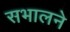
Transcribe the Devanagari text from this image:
सभालने